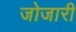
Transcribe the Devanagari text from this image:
जोजारी